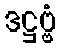
ဒဋ္ဌဗ္ဗံ